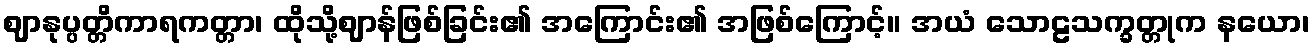
ဈာနုပ္ပတ္တိကာရကတ္တာ၊ ထိုသို့ဈာန်ဖြစ်ခြင်း၏ အကြောင်း၏ အဖြစ်ကြောင့်။ အယံ သောဠသက္ခတ္တုက နယော၊